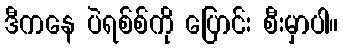
ဒီကနေ ပဲရစ်စ်ကို ပြောင်း စီးမှာပါ။